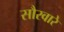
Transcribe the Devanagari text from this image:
सौरवारे